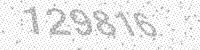
Solution: 129816